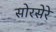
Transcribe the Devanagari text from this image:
सोरसेरे